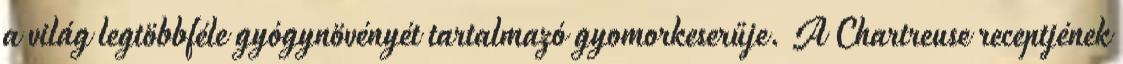
a világ legtöbbféle gyógynövényét tartalmazó gyomorkeserűje. A Chartreuse receptjének